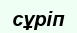
сұріп